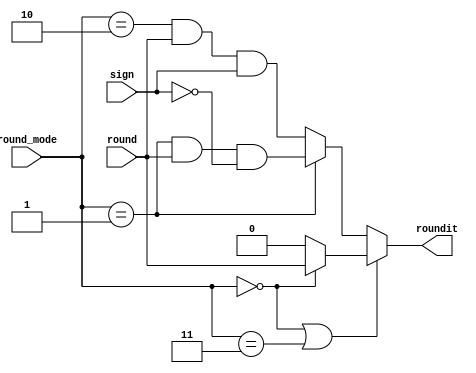
module round_sel (
    round_mode,
    round,
    roundit,
    sign
    );

input round, sign;
input [1:0] round_mode;
output roundit;

wire roundit;
wire roundToZero;
wire roundToNearest;
wire roundToPos;
wire roundToNeg;

wire rounditToPos;
wire rounditToNeg;

wire either_nearest_or_zero;
wire either_pos_or_neg;


assign roundToNearest = (round_mode==2'b00);
assign roundToPos     = (round_mode==2'b01);
assign roundToNeg     = (round_mode==2'b10);
assign roundToZero    = (round_mode==2'b11);    

assign rounditToPos = roundToPos & round & ~sign;
assign rounditToNeg = roundToNeg & round &  sign;

assign either_nearest_or_zero = roundToNearest ? round : 1'b0;
assign either_pos_or_neg      = roundToPos     ? rounditToPos : rounditToNeg;

assign roundit = (roundToNearest | roundToZero) ? either_nearest_or_zero : either_pos_or_neg;

endmodule